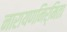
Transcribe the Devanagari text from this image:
नारायणनिर्मिता